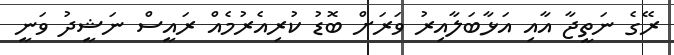
ރޭގެ ނަތީޖާ އާއި އަޅާބަލާއިރު ވަރަށް ބޮޑު ކުރިއެރުމެއް ރައީސް ނަޝީދު ވަނީ